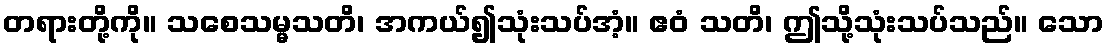
တရားတို့ကို။ သစေသမ္မသတိ၊ အကယ်၍သုံးသပ်အံ့။ ဧဝံ သတိ၊ ဤသို့သုံးသပ်သည်။ သော